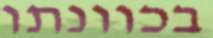
בכוונתו